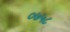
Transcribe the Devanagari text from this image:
०७५८